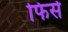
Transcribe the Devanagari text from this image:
फिर्स